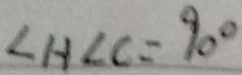
\angle H \angle C = 9 0 ^ { \circ }